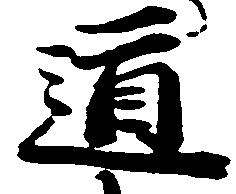
道